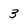
Character: 3